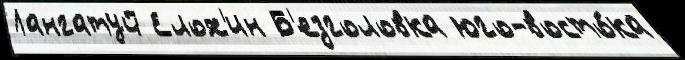
Лангатуй Елох'ин Б'езголовка юго-восто́ка